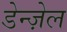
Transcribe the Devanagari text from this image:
डेन्ज़ेल